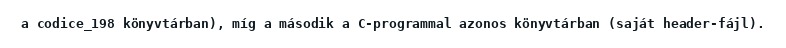
a codice_198 könyvtárban), míg a második a C-programmal azonos könyvtárban (saját header-fájl).